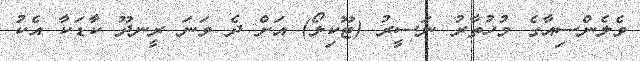
ވެލެންސިއާގެ މުހުތާރު ނަސީރު (ޓޫކިލޯ) އަށް ދެ ވަނަ ރީނދޫ ކާޑަކާ އެކު